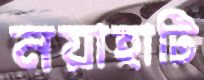
নয়াহাটি